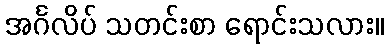
အင်္ဂလိပ် သတင်းစာ ရောင်းသလား။